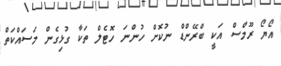
އޯޔޯ ރޫމްސް އަކީ ބްރޭންޑް ނުކޮށް ހުންނަ ހޮޓެލް ތަކާ ގުޅިގެން މަސައްކަތް